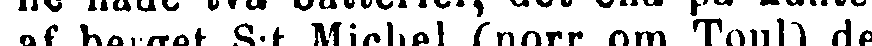
af berget S:t Michel (norr om Toul), det